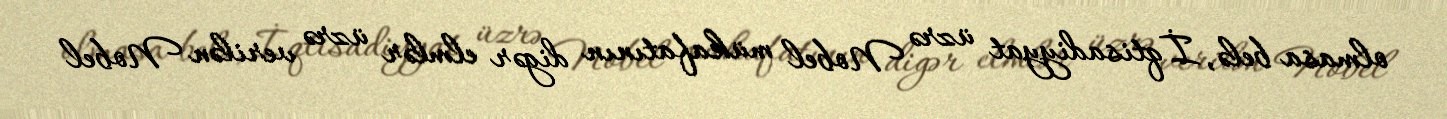
olmasa belə, İqtisadiyyat üzrə Nobel mükafatının digər elmlər üzrə verilən Nobel